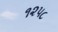
૧૨૫૮